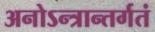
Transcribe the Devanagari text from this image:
अनोऽन्त्रान्तर्गतं